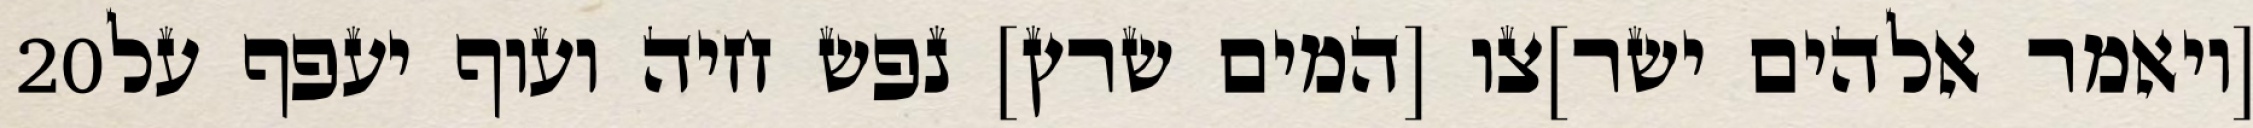
‎20‏ [ויאמר אלהים ישר]צו [המים שרץ] נפש חיה ועוף יעפף על